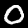
Digit: 0